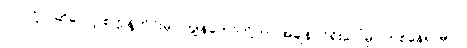
ဘာလို့လဲဆိုတော့ စက္ကန့်တိုင်းမှာ ကျွန်တော်တို့ဟာ အချိန်ဝင်ရိုးပေါ်မှာ တစ်နေရာမှာပဲ